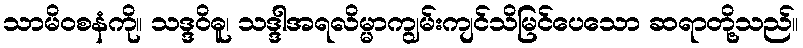
သာမိဝစနံကို။ သဒ္ဒဝိဓူ၊ သဒ္ဒါအရလိမ္မာကျွမ်းကျင်သိမြင်ပေသော ဆရာတို့သည်။